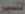
الشير